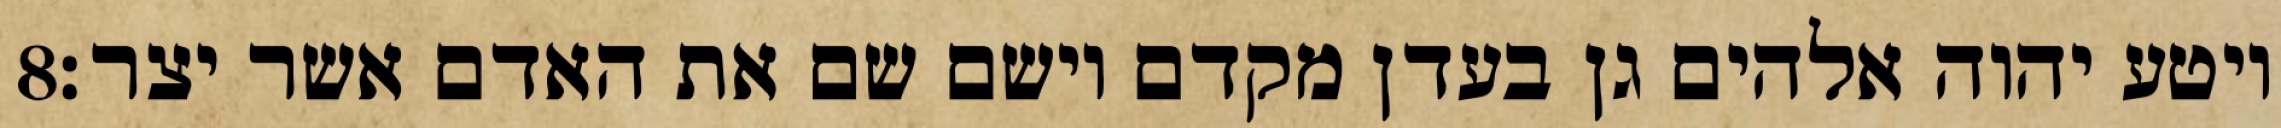
‎8‏ ויטע יהוה אלהים גן בעדן מקדם וישם שם את האדם אשר יצר׃